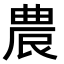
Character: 𭆒